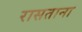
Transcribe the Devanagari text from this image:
रासताना